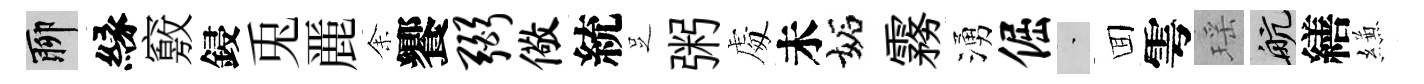
聊縁竅鋟兎䴡𪜬饗弼儆統𠯁粥䖏未妬霧湧倔蒙囬雩瑶航繕縑